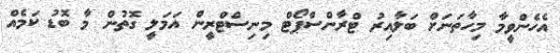
އެހެންވީމާ މިހާތަނަށް ބަލާއިރު ޓްރާންސްޕޯޓް މިނިސްޓްރީން އަމަލީ ގޮތުން މާ ބޮޑު ކަމެއް